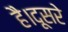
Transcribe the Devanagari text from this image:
है।दूसरे